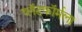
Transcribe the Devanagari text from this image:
प्लॅटफॉर्मला